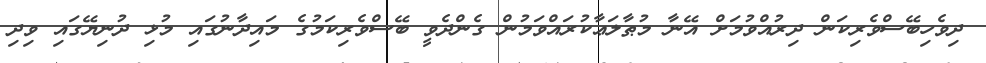
ދިވެހިބޭސްވެރިކަން ދިރުއްވުމަށް އޭނާ މުޠާލަޢާކުރައްވަމުން ގެންދެވީ ބޭސްވެރިކަމުގެ މައިދާނުގައި މުޅި ދުނިޔޭގައި ވިދި